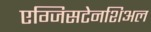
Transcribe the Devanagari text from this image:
एग्जिसटेनशिअल